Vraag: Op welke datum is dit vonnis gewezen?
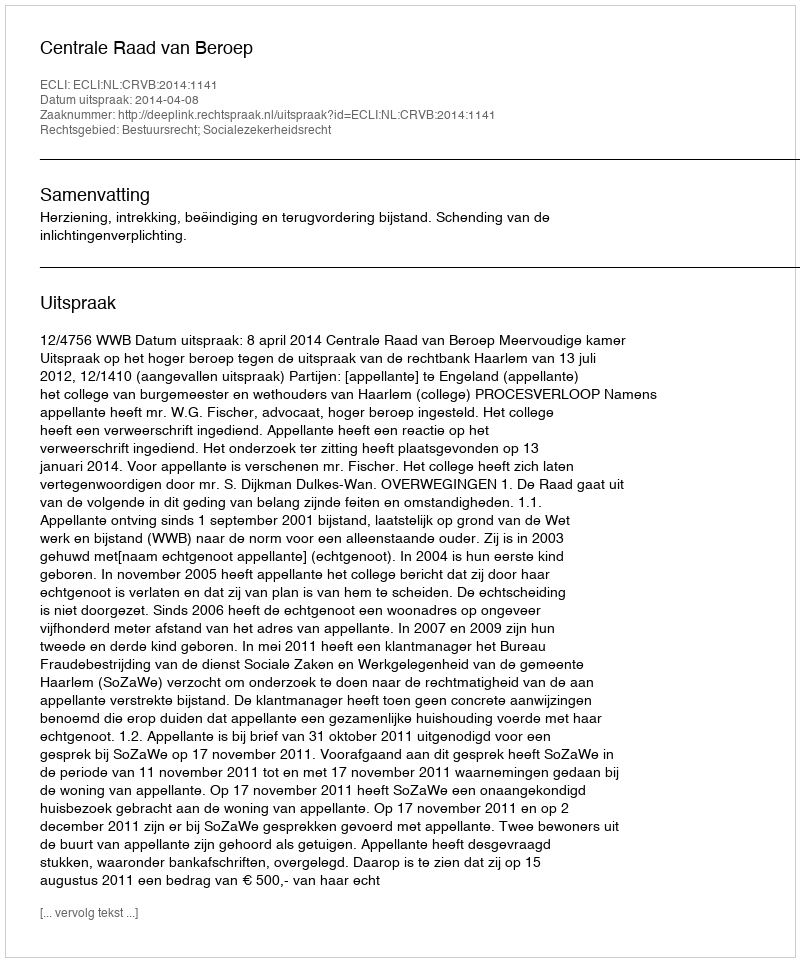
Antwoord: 2014-04-08